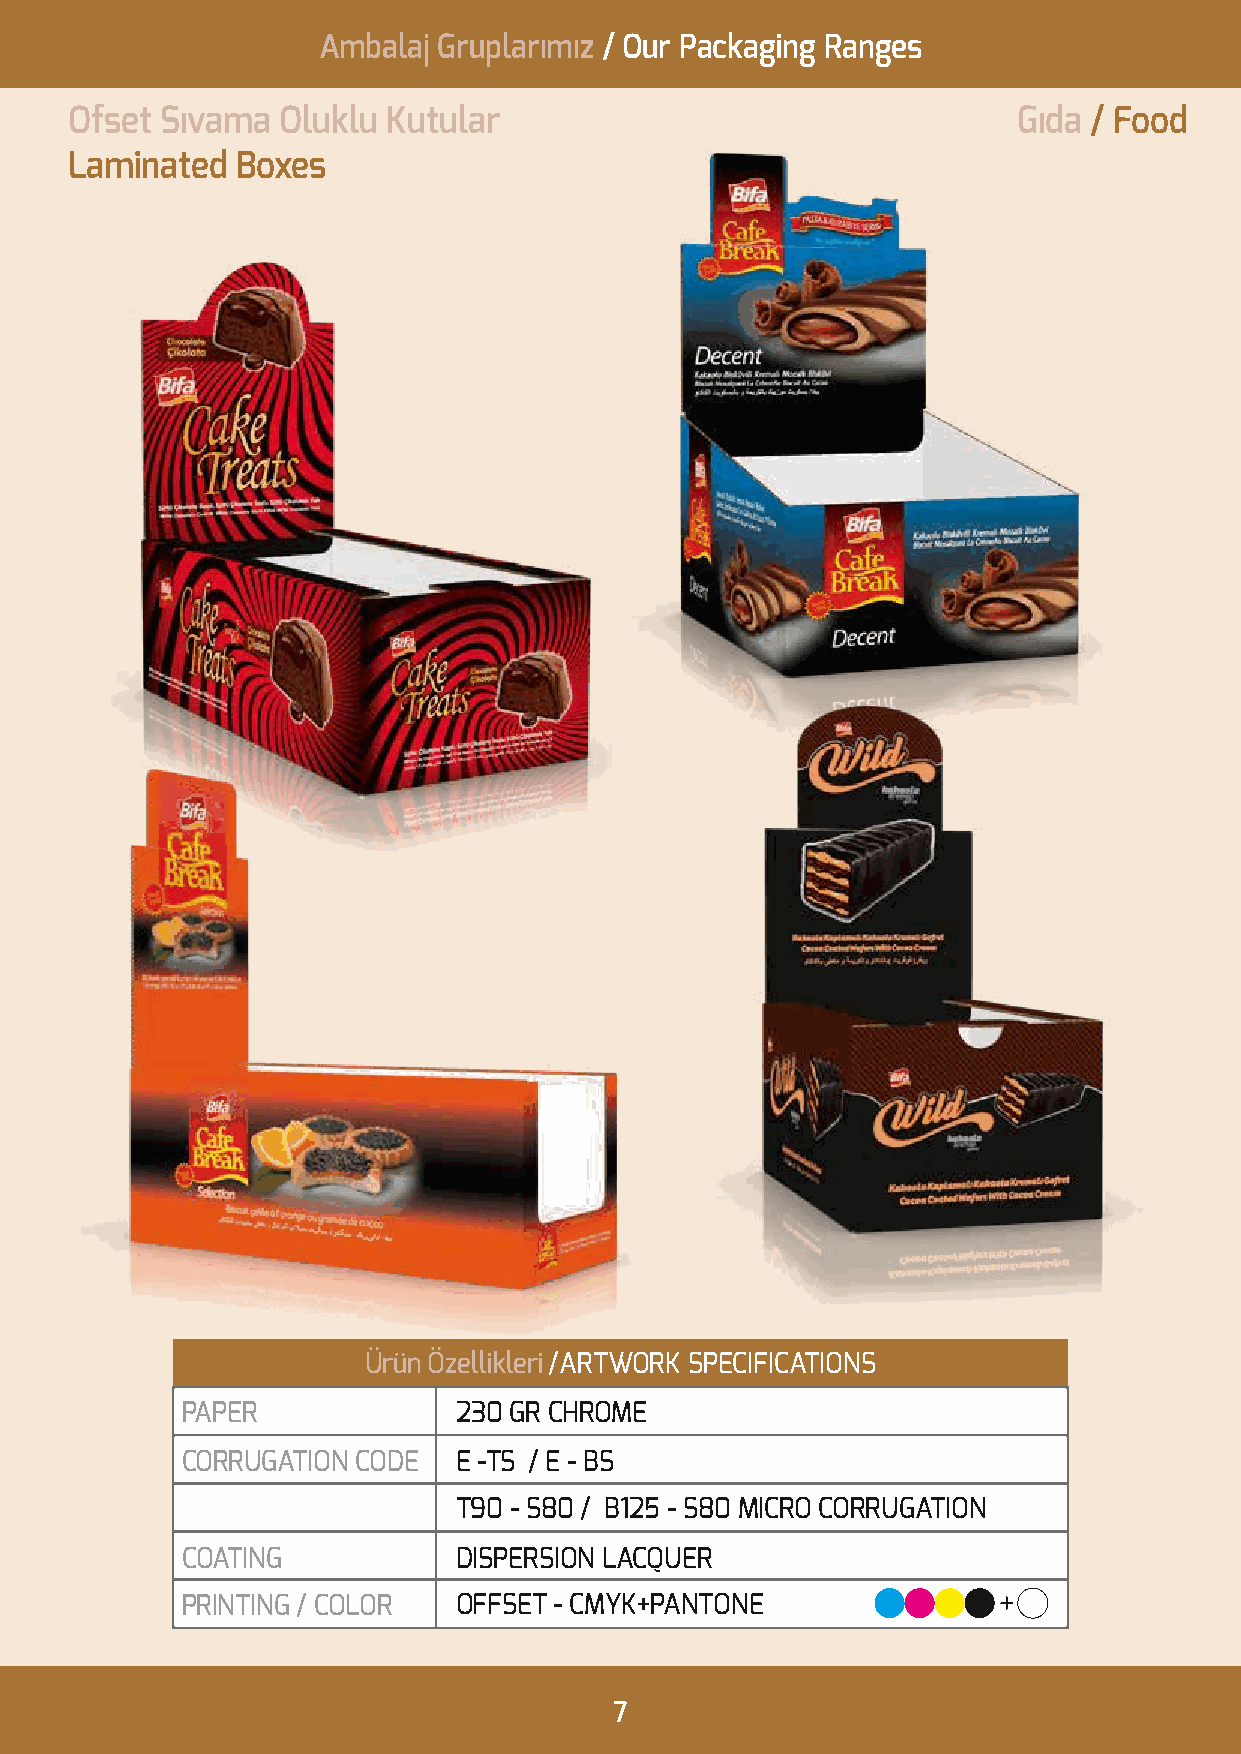
Ambalaj Gruplarımız / Our Packaging Ranges
 Ofset Sıvama  Oluklu Kutular                                  Gıda / Food
 Laminated  Boxes
 Ürün Özellikleri /ARTWORK SPECIFICATIONS
 PAPER             230 GR CHROME
 CORRUGATION CODE  E -TS / E - BS
 T90 - S80 / B125 - S80 MICRO CORRUGATION
 COATING           DISPERSION LACQUER
 PRINTING / COLOR  OFFSET - CMYK+PANTONE
 7